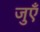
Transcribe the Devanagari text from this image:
जुएँ